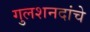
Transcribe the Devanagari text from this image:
गुलशनदांचे